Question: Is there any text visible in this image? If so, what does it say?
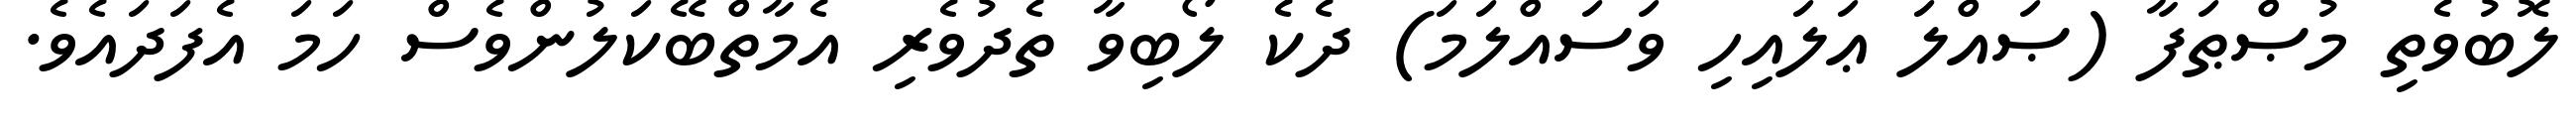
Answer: ލޮބުވެތި މުޞްޠަފާ (ޞައްލަ ޢަލައިހި ވަސައްލަމަ) ދެކެ ލޯބިވާ ތެދުވެރި އެމާތްބޭކަލުންވެސް ހަމަ އެފަދައެވެ.